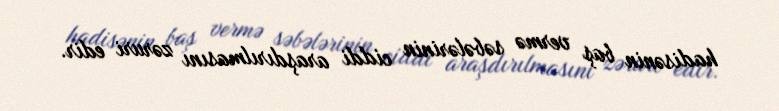
hadisənin baş vermə səbələrinin ciddi araşdırılmasını zəruri edir.